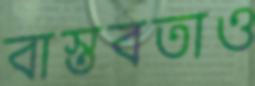
বাস্তবতাও